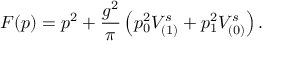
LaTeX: F ( p ) = p ^ { 2 } + \frac { g ^ { 2 } } { \pi } \left( p _ { 0 } ^ { 2 } V _ { ( 1 ) } ^ { s } + p _ { 1 } ^ { 2 } V _ { ( 0 ) } ^ { s } \right) .